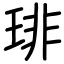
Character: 琲